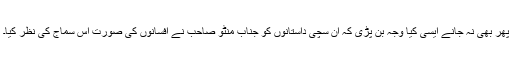
پھر بھی نہ جانے ایسی کیا وجہ بن پڑی کہ ان سچی داستانوں کو جناب منٹو صاحب نے افسانوں کی صورت اس سماج کی نظر کیا۔